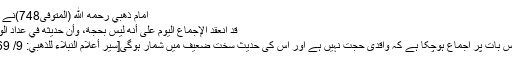
امام ذهبي رحمه الله (المتوفى748)نے کہا:​
قد انعقد الإجماع اليوم على أنه ليس بحجة، وأن حديثه في عداد الواهي
آج اس بات پر اجماع ہوچکا ہے کہ واقدی حجت نہیں ہے اور اس کی حدیث سخت ضعیف میں شمار ہوگی[سير أعلام النبلاء للذهبي: 9/ 469]۔